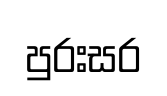
පුරඃසර